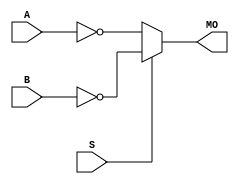
module cyclonev_nmux21 (MO, A, B, S);
   input A, B, S; 
   output MO; 
   assign MO = (S == 1) ? ~B : ~A; 
endmodule